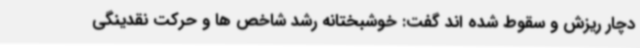
دچار ریزش و سقوط شده اند گفت: خوشبختانه رشد شاخص ها و حرکت نقدینگی